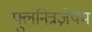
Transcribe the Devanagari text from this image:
फ्लुनित्रज़ेपम